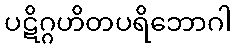
ပဋိဂ္ဂဟိတပရိဘောဂါ